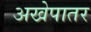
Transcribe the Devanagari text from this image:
अखेपातर